65_HS1-834228961_62-HQ-83894_Serial_130
Agency: FBI
Page 66
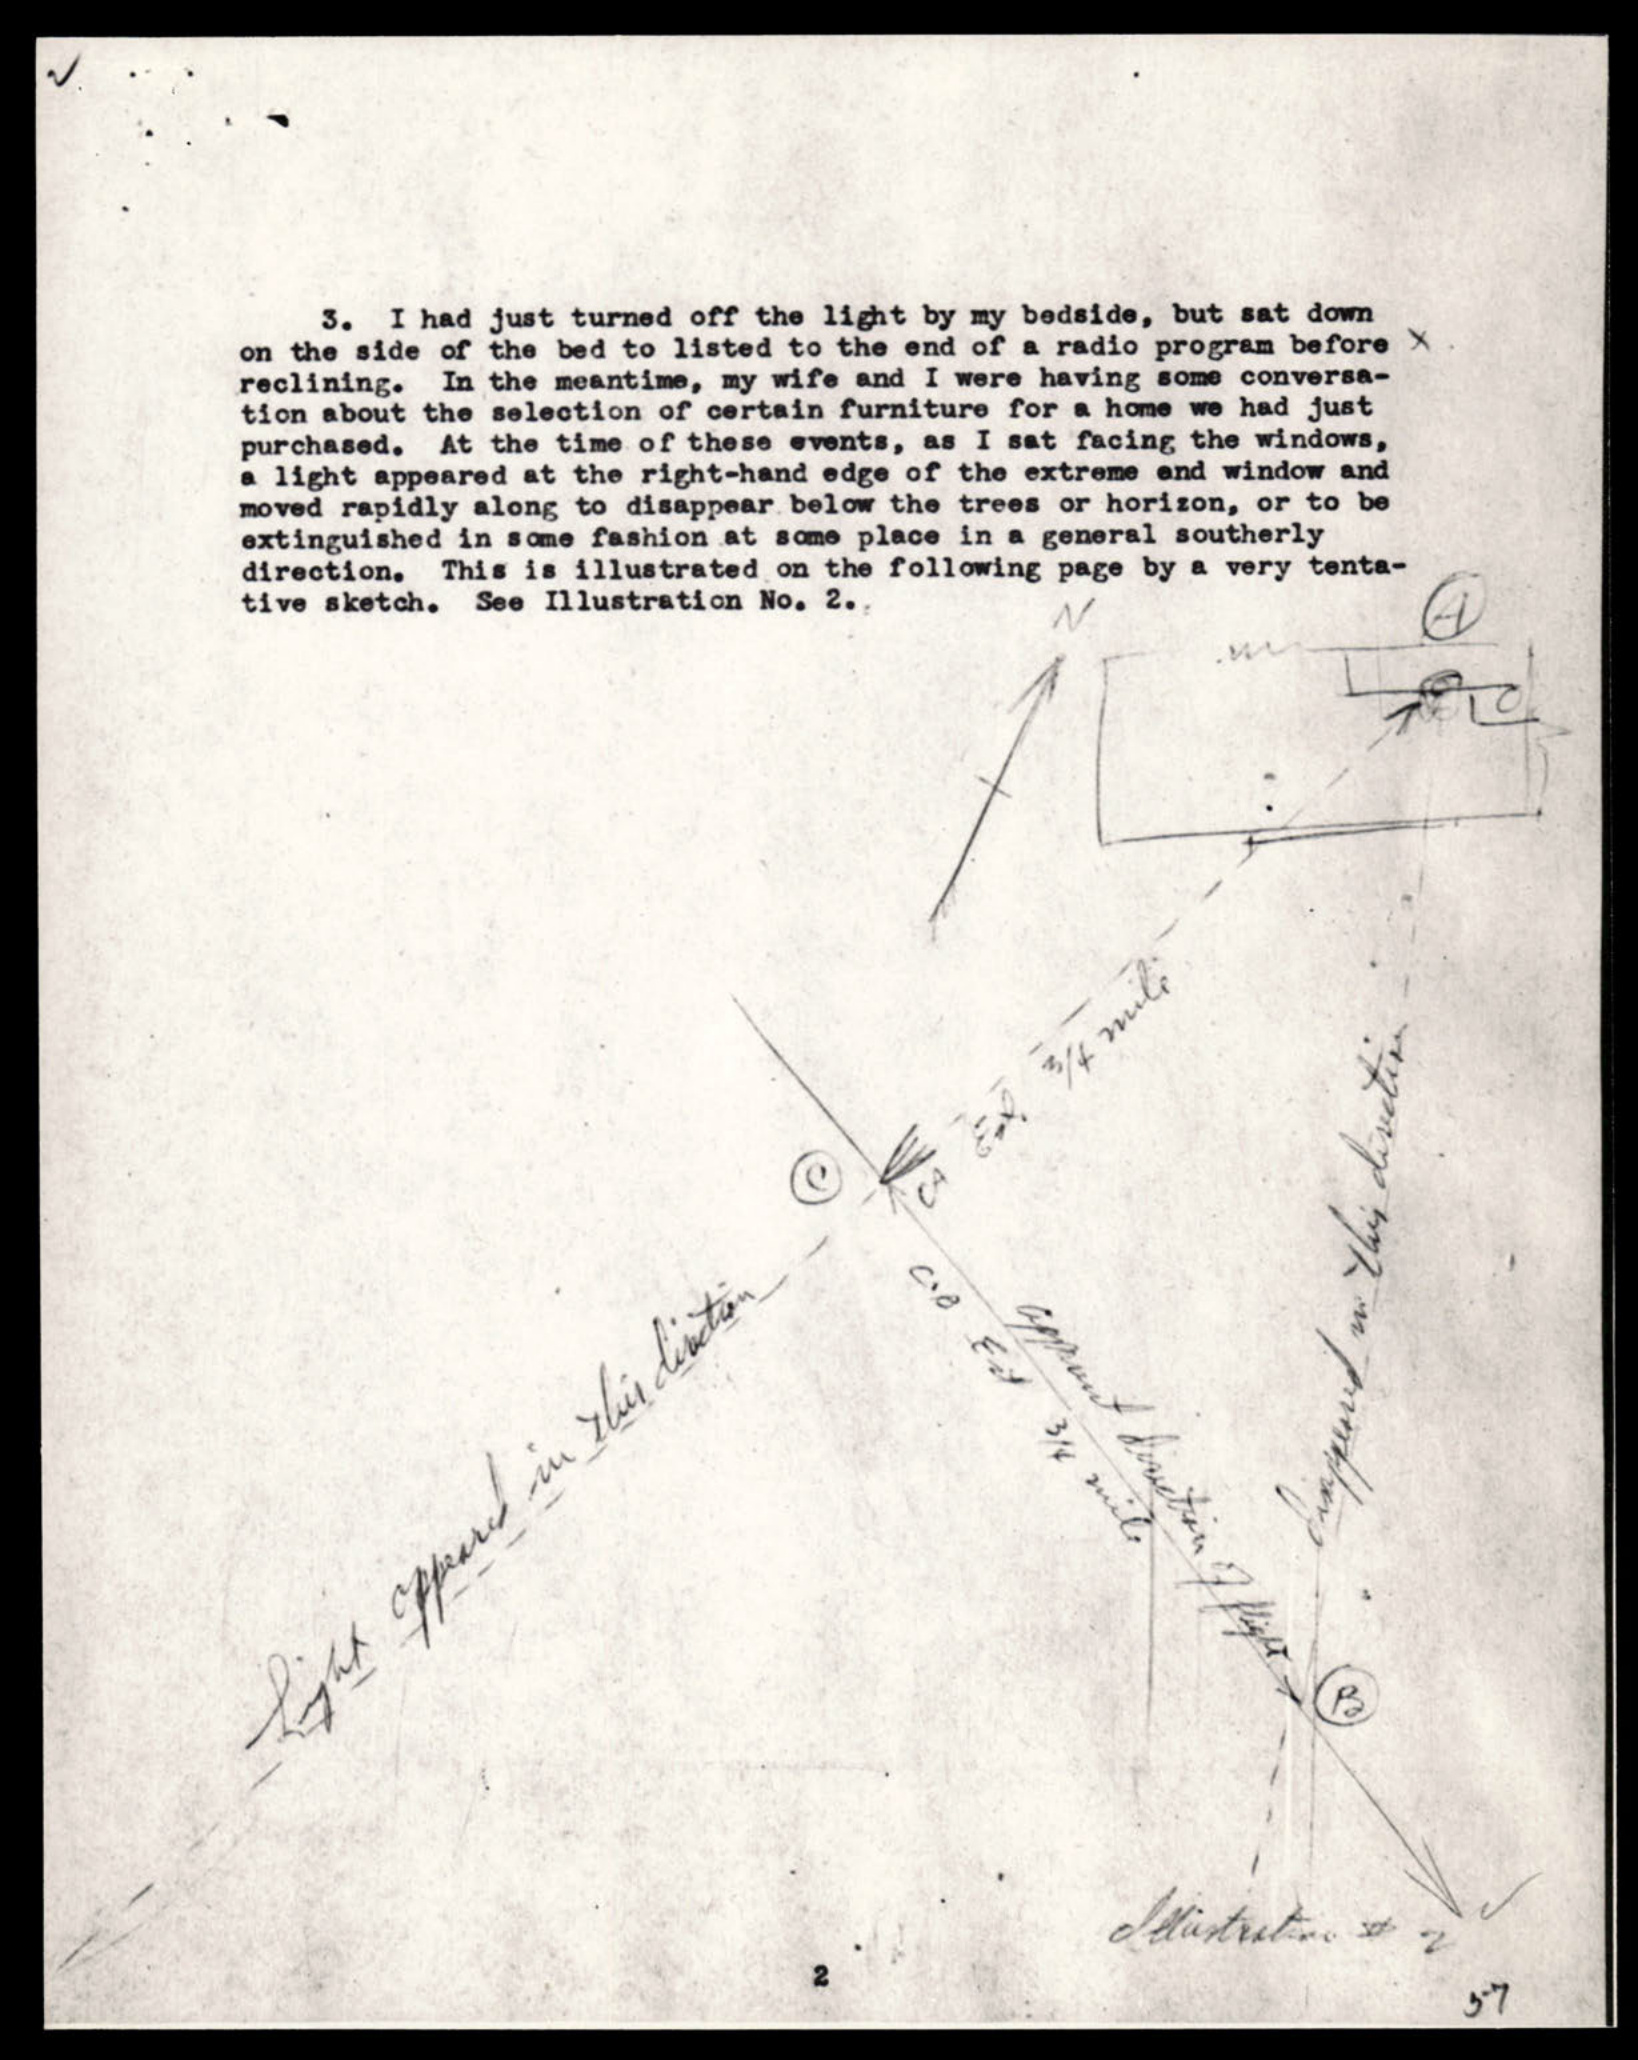